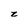
Character: z